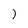
Character: 1